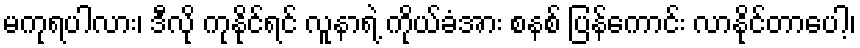
မကုရပါလား၊ ဒီလို ကုနိုင်ရင် လူနာရဲ့ ကိုယ်ခံအား စနစ် ပြန်ကောင်း လာနိုင်တာပေါ့၊